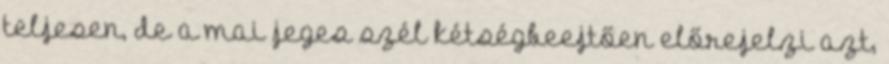
teljesen, de a mai jeges szél kétségbeejtően előrejelzi azt,